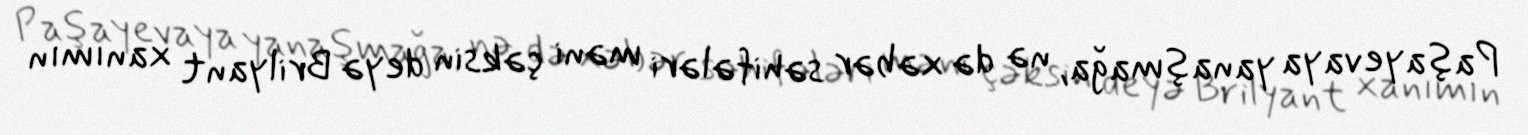
Paşayevaya yanaşmağa, nə də xəbər səhifələri məni çəksin deyə Brilyant xanımın